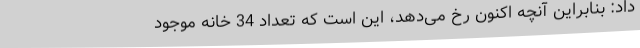
داد: بنابراین آنچه اکنون رخ می‌دهد، این است که تعداد 34 خانه موجود